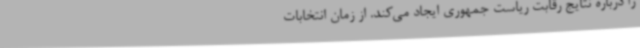
را درباره نتایج رقابت ریاست جمهوری ایجاد می‌کند. از زمان انتخابات